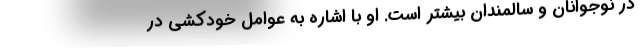
در نوجوانان و سالمندان بیشتر است. او با اشاره به عوامل خودکشی در